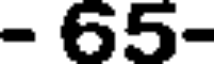
- 65-